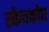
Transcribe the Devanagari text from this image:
स्केचकोव